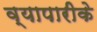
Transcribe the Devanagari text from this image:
व्‍यापारीके